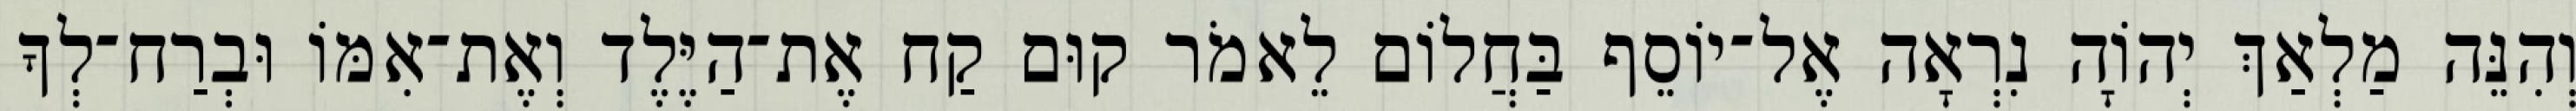
וְהִנֵּה מַלְאַךְ יְהוָֹה נִרְאָה אֶל־יוֹסֵף בַּחֲלוֹם לֵאמֹר קוּם קַח אֶת־הַיֶּלֶד וְאֶת־אִמּוֹ וּבְרַח־לְךָ